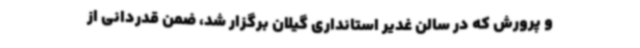
و پرورش که در سالن غدیر استانداری گیلان برگزار شد، ضمن قدردانی از